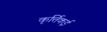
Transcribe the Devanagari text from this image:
कृर्त्तिकई